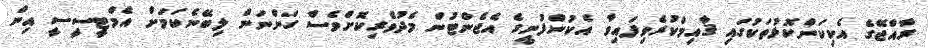
ރާއްޖޭގެ އެކިކަންކޮޅުތަކުގައި ޤާއިމްކުރެވިފައިވާ އެކުންފުނީގެ އެޖެންޓުން މެދުވެރިކޮށްވެސް ގަންނަން ލިބޭނެކަމަށް އެމްޓީސީސީ އިން